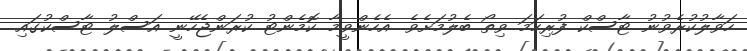
ހަވާލުކުރެވުނު ޓާސްކް ފުރިހަމަ ވިތޯ ބެލުމަށެވެ. އެހެންވީމާ ކޮމެންޓު ކުރަންޖެހޭނީ އަސްލު ޓާސްކުގައި